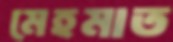
মেহমাত